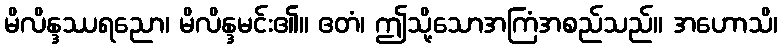
မိလိန္ဒဿရညော၊ မိလိန္ဒမင်း၏။ ဧတံ၊ ဤသို့သောအကြံအစည်သည်။ အဟောသိ၊